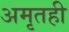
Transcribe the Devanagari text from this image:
अमृतही